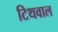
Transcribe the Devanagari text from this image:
टिथवाल